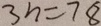
3 n = 7 8